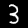
Label: 3